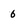
Character: 6